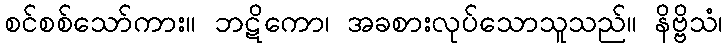
စင်စစ်သော်ကား။ ဘဋိကော၊ အခစားလုပ်သောသူသည်။ နိဗ္ဗိသံ၊